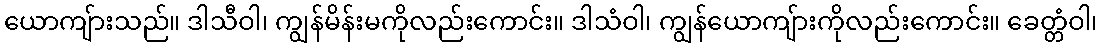
ယောကျ်ားသည်။ ဒါသီဝါ၊ ကျွန်မိန်းမကိုလည်းကောင်း။ ဒါသံဝါ၊ ကျွန်ယောကျ်ားကိုလည်းကောင်း။ ခေတ္တံဝါ၊